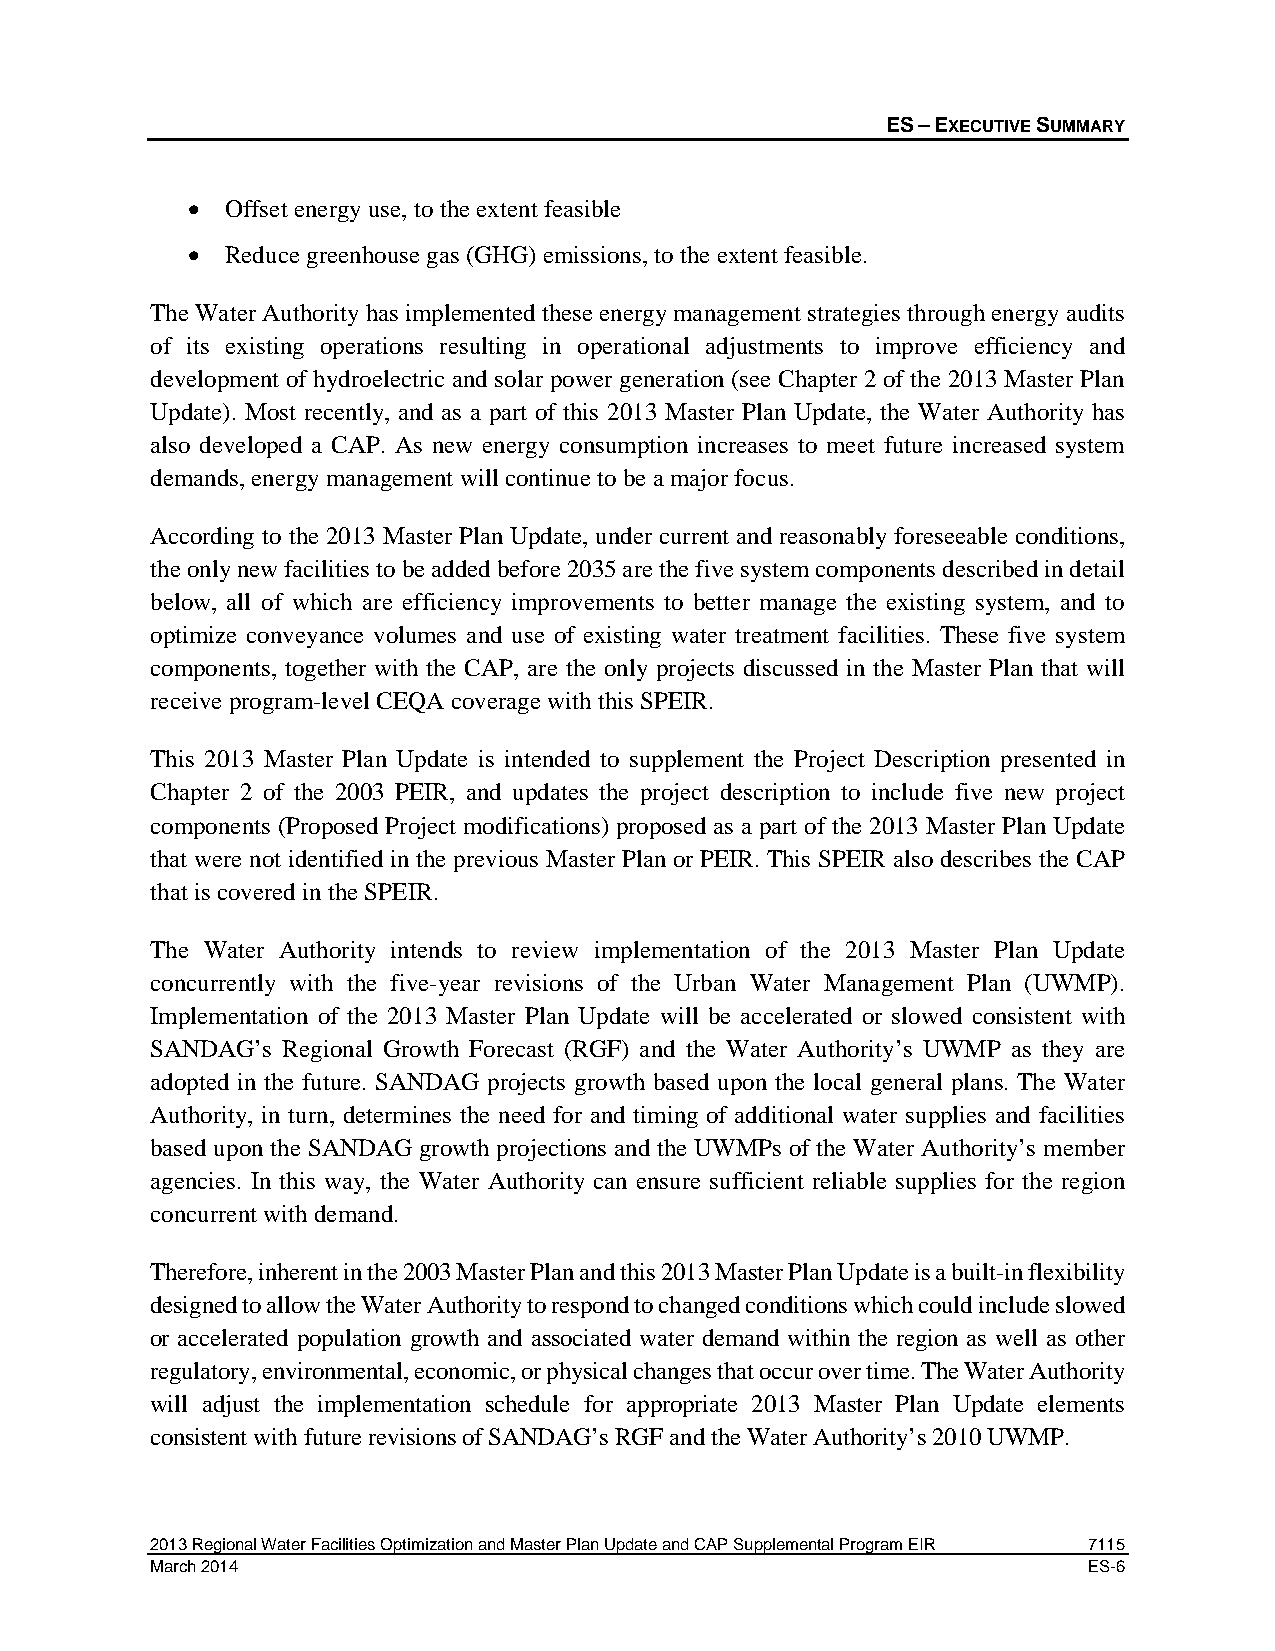
ES – EXECUTIVE SUMMARY
 •  Offset energy use, to the extent feasible
 •  Reduce greenhouse gas (GHG) emissions, to the extent feasible.
 The Water Authority has implemented these energy management strategies through energy audits
 of its existing operations resulting in operational adjustments to improve efficiency and
 development of hydroelectric and solar power generation (see Chapter 2 of the 2013 Master Plan
 Update). Most recently, and as a part of this 2013 Master Plan Update, the Water Authority has
 also developed a CAP. As new energy consumption increases to meet future increased system
 demands, energy management will continue to be a major focus.
 According to the 2013 Master Plan Update, under current and reasonably foreseeable conditions,
 the only new facilities to be added before 2035 are the five system components described in detail
 below, all of which are efficiency improvements to better manage the existing system, and to
 optimize conveyance volumes and use of existing water treatment facilities. These five system
 components, together with the CAP, are the only projects discussed in the Master Plan that will
 receive program-level CEQA coverage with this SPEIR.
 This 2013 Master Plan Update is intended to supplement the Project Description presented in
 Chapter 2 of the 2003 PEIR, and updates the project description to include five new project
 components (Proposed Project modifications) proposed as a part of the 2013 Master Plan Update
 that were not identified in the previous Master Plan or PEIR. This SPEIR also describes the CAP
 that is covered in the SPEIR.
 The Water Authority intends to review implementation of the 2013 Master Plan Update
 concurrently with the five-year revisions of the Urban Water Management Plan (UWMP).
 Implementation of the 2013 Master Plan Update will be accelerated or slowed consistent with
 SANDAG’s Regional Growth Forecast (RGF) and the Water Authority’s UWMP as they are
 adopted in the future. SANDAG projects growth based upon the local general plans. The Water
 Authority, in turn, determines the need for and timing of additional water supplies and facilities
 based upon the SANDAG growth projections and the UWMPs of the Water Authority’s member
 agencies. In this way, the Water Authority can ensure sufficient reliable supplies for the region
 concurrent with demand.
 Therefore, inherent in the 2003 Master Plan and this 2013 Master Plan Update is a built-in flexibility
 designed to allow the Water Authority to respond to changed conditions which could include slowed
 or accelerated population growth and associated water demand within the region as well as other
 regulatory, environmental, economic, or physical changes that occur over time. The Water Authority
 will adjust the implementation schedule for appropriate 2013 Master Plan Update elements
 consistent with future revisions of SANDAG’s RGF and the Water Authority’s 2010 UWMP.
 2013 Regional Water Facilities Optimization and Master Plan Update and CAP Supplemental Program EIR 7115
 March 2014                                                    ES-6